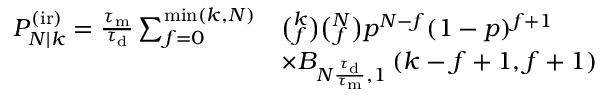
\begin{array} { r l } { P _ { N | k } ^ { \mathrm { ( i r ) } } = \frac { \tau _ { \mathrm { m } } } { \tau _ { \mathrm { d } } } \sum _ { f = 0 } ^ { \operatorname* { m i n } ( k , N ) } } & { \binom { k } { f } \binom { N } { f } p ^ { N - f } ( 1 - p ) ^ { f + 1 } } \\ & { \times B _ { N \frac { \tau _ { \mathrm { d } } } { \tau _ { \mathrm { m } } } , 1 } \left( k - f + 1 , f + 1 \right) } \end{array}